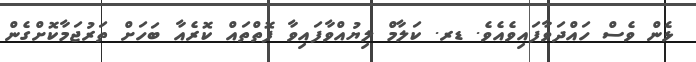
ޅެން ވެސް ހައްދަވާފައިވެއެވެ. ޑރ. ކަލާމް ލިޔުއްވާފައިވާ ފޮތްތައް ކޮރެއާ ބަހަށް ތަރުޖަމާކޮށްގެން